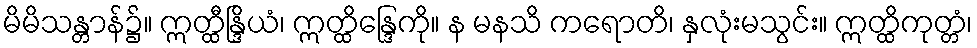
မိမိသန္တာန်၌။ ဣတ္ထီန္ဒြိယံ၊ ဣတ္ထိန္ဒြေကို။ န မနသိ ကရောတိ၊ နှလုံးမသွင်း။ ဣတ္ထိကုတ္တံ၊